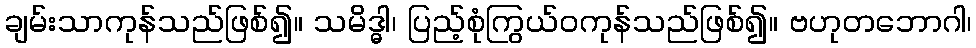
ချမ်းသာကုန်သည်ဖြစ်၍။ သမိဒ္ဓါ၊ ပြည့်စုံကြွယ်ဝကုန်သည်ဖြစ်၍။ ဗဟုတဘောဂါ၊